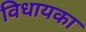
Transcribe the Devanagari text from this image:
विधायका